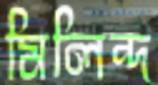
মিলিন্দ